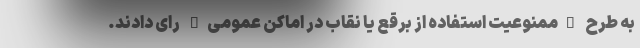
به طرح "ممنوعیت استفاده از برقع یا نقاب در اماکن عمومی" رای دادند.